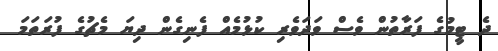
ދެ ޓީމުގެ ފަރާތުން ވެސް ވަދަވެރި ކުޅުމެއް ފެނިގެން ދިޔަ މެޗުގެ ފުރަތަމަ